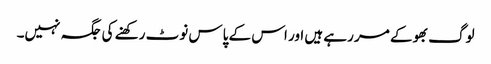
لوگ بھوکے مر رہے ہیں اور اس کے پاس نوٹ رکھنے کی جگہ نہیں۔